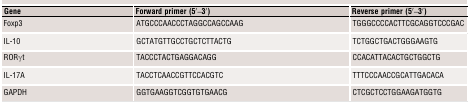
| Gene | Forward primer (5′–3′) | Reverse primer (5′–3′) |
 | --- | --- | --- |
 | Foxp3 | ATGCCCAACCCTAGGCCAGCCAAG | TGGGCCCCACTTCGCAGGTCCCGAC |
 | IL‐10 | GCTATGTTGCCTGCTCTTACTG | TCTGGCTGACTGGGAAGTG |
 | RORγt | TACCCTACTGAGGACAGG | CCACATTACACTGCTGGCTG |
 | IL‐17A | TACCTCAACCGTTCCACGTC | TTTCCCAACCGCATTGACACA |
 | GAPDH | GGTGAAGGTCGGTGTGAACG | CTCGCTCCTGGAAGATGGTG |